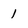
Character: 1